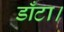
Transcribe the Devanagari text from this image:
डाँटा।